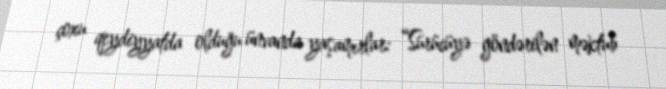
çoxu qeydiyyatda olduğu ünvanda yaşamırlar: “Sürücüyə göndərilən məktub